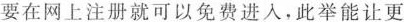
要在网上注册就可以免费进入，此举能让更